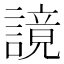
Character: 𧫙